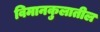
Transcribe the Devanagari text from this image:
विमानकुलातील